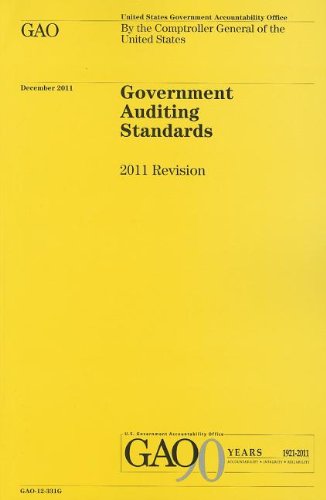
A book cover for Government Auditing Standards 2011; Business & Money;